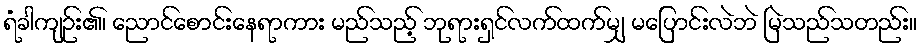
ရံခါကျဉ်း၏၊ ညောင်စောင်းနေရာကား မည်သည့် ဘုရားရှင်လက်ထက်မျှ မပြောင်းလဲဘဲ မြဲသည်သတည်း။